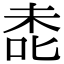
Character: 㖝